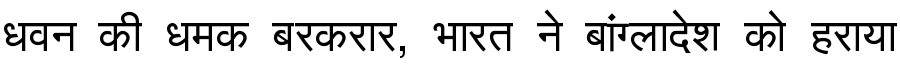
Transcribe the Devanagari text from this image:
धवन की धमक बरकरार, भारत ने बांग्लादेश को हराया